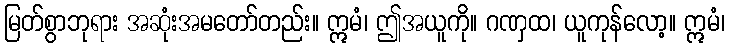
မြတ်စွာဘုရား အဆုံးအမတော်တည်း။ ဣမံ၊ ဤအယူကို။ ဂဏှထ၊ ယူကုန်လော့။ ဣမံ၊